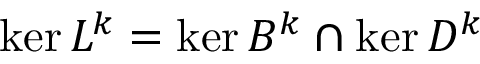
\ker L ^ { k } = \ker B ^ { k } \cap \ker D ^ { k }